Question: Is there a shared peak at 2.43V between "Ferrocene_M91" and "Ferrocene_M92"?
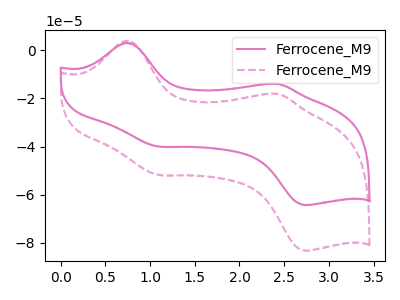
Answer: <think>The pink curve "Ferrocene_M91" has anodic peaks at (0.75V, 3.10uA) (2.45V, -13.95uA) and cathodic peaks at (1.10V, -39.95uA) (2.75V, -64.30uA). The pink dashed curve "Ferrocene_M92" has anodic peaks at (0.75V, 4.00uA) (2.45V, -18.10uA) and cathodic peaks at (1.10V, -51.75uA) (2.75V, -83.25uA).</think>
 <answer>Yes, "Ferrocene_M91" and "Ferrocene_M92" share a peak at 2.43V.</answer>
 <eval>match</eval>